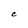
Character: C